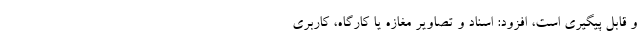
و قابل پیگیری است، افزود: اسناد و تصاویر مغازه یا کارگاه، کاربری